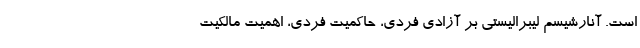
است. آنارشیسم لیبرالیستی بر آزادی فردی، حاکمیت فردی، اهمیت مالکیت